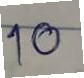
10